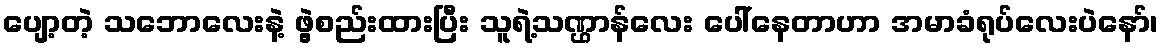
ပျော့တဲ့ သဘောလေးနဲ့ ဖွဲ့စည်းထားပြီး သူရဲ့သဏ္ဌာန်လေး ပေါ်နေတာဟာ အမာခံရုပ်လေးပဲနော်၊